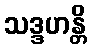
သဒ္ဒဟန္တိ